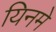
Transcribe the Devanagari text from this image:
यिनमे